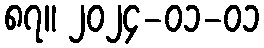
၈၇။ ၂၀၂၄-၀၁-၀၁